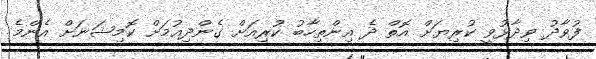
ފުވާދު ވިދާޅުވީ ކުރިޔަށް އޮތް ދެ އިންތިހާބު ކުރިއަށް ގެންދިއުމަށް ކޮމިޝަނަށް އެންމެ